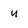
Character: u